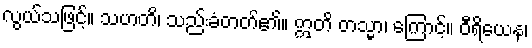
လွယ်သဖြင့်။ သဟတိ၊ သည်းခံတတ်၏။ ဣတိ တသ္မာ၊ ကြောင့်။ ဝီရိယေန၊